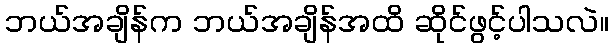
ဘယ်အချိန်က ဘယ်အချိန်အထိ ဆိုင်ဖွင့်ပါသလဲ။